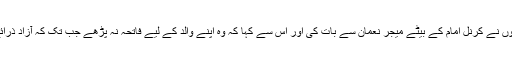
" اخبار کے مطابق، حمید گل نے کہا کہ انہوں نے کرنل امام کے بیٹے میجر نعمان سے بات کی اور اس سے کہا کہ وہ اپنے والد کے لیے فاتحہ نہ پڑھے جب تک کہ آزاد ذرائع سے تصدیق نہ ہو کہ ان کو قتل کردیا ہے۔